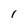
Character: l